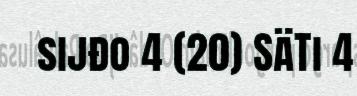
sijđo 4 (20) SäTi 4